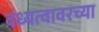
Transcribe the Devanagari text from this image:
वंध्यत्वावरच्या